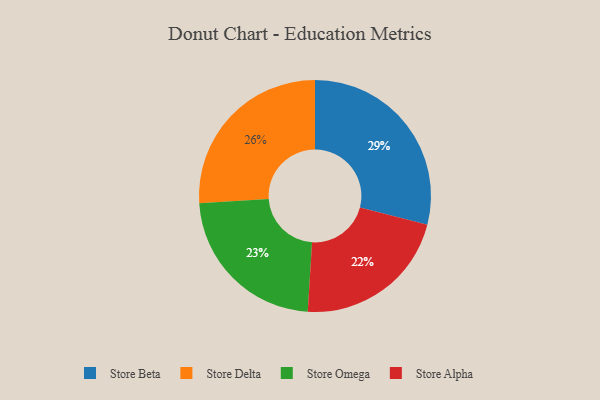
{"axis": {"x": "Category", "y": "Percentage"}, "legend": ["Store Alpha", "Store Beta", "Store Delta", "Store Omega"], "data": [{"x": "Store Delta", "y": 26, "type": "Store Delta"}, {"x": "Store Beta", "y": 29, "type": "Store Beta"}, {"x": "Store Alpha", "y": 22, "type": "Store Alpha"}, {"x": "Store Omega", "y": 23, "type": "Store Omega"}]}